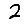
Digit: 2